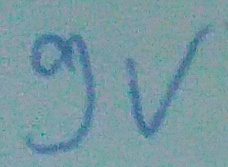
Text: 9V